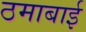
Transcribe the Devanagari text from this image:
ठमाबाई